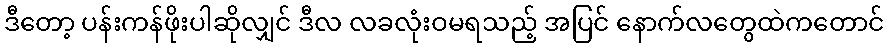
ဒီတော့ ပန်းကန်ဖိုးပါဆိုလျှင် ဒီလ လခလုံးဝမရသည့် အပြင် နောက်လတွေထဲကတောင်